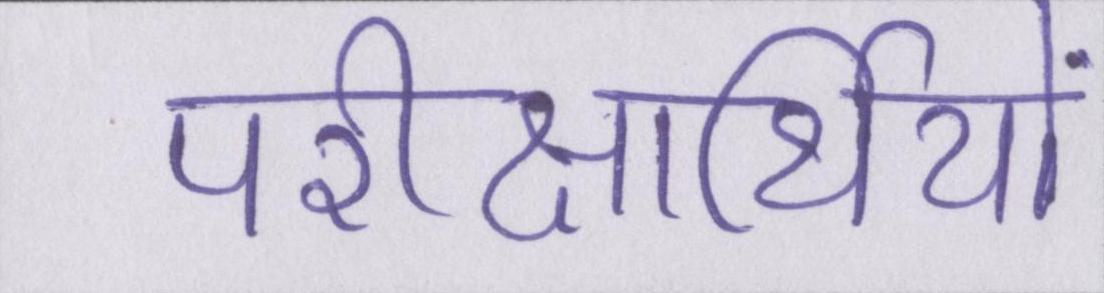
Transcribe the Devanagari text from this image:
परीक्षार्थियों